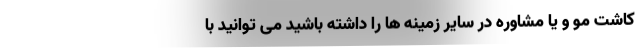
کاشت مو و یا مشاوره در سایر زمینه ها را داشته باشید می توانید با